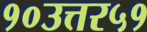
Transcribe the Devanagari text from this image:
१०उत्तर५१